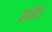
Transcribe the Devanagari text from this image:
हहै।